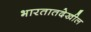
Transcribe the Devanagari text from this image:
भारतातदेखील